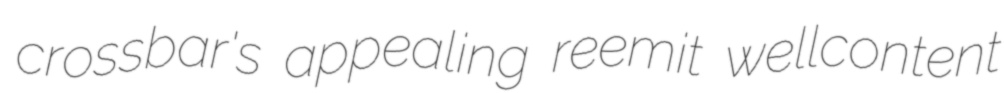
crossbar's appealing reemit wellcontent